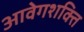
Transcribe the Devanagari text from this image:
आवेगशक्ति